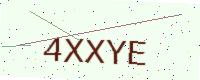
Text: 4XXYE